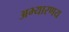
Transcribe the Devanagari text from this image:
अभ्‍यारणय